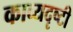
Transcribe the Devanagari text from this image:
काव्यदृष्टी